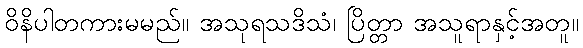
ဝိနိပါတကားမမည်။ အသုရသဒိသံ၊ ပြိတ္တာ အသူရာနှင့်အတူ။